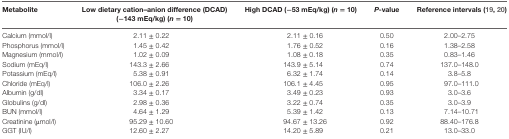
| Metabolite | Low dietary cation–anion difference (DCAD) (−143 mEq/kg) (n = 10) | High DCAD (−53 mEq/kg) (n = 10) | P-value | Reference intervals (19, 20) |
 | --- | --- | --- | --- | --- |
 | Calcium (mmol/l) | 2.11 ± 0.22 | 2.11 ± 0.16 | 0.50 | 2.00–2.75 |
 | Phosphorus (mmol/l) | 1.45 ± 0.42 | 1.76 ± 0.52 | 0.16 | 1.38–2.58 |
 | Magnesium (mmol/l) | 1.02 ± 0.09 | 1.08 ± 0.18 | 0.35 | 0.83–1.46 |
 | Sodium (mEq/l) | 143.3 ± 2.66 | 143.9 ± 5.14 | 0.74 | 137.0–148.0 |
 | Potassium (mEq/l) | 5.38 ± 0.91 | 6.32 ± 1.74 | 0.14 | 3.8–5.8 |
 | Chloride (mEq/l) | 106.0 ± 2.26 | 106.1 ± 4.45 | 0.95 | 97.0–111.0 |
 | Albumin (g/dl) | 3.34 ± 0.17 | 3.49 ± 0.23 | 0.93 | 3.0–3.6 |
 | Globulins (g/dl) | 2.98 ± 0.36 | 3.22 ± 0.74 | 0.35 | 3.0–3.9 |
 | BUN (mmol/l) | 4.64 ± 1.29 | 5.39 ± 1.42 | 0.13 | 7.14–10.71 |
 | Creatinine (μmol/l) | 95.29 ± 10.60 | 94.67 ± 13.26 | 0.92 | 88.40–176.8 |
 | GGT (IU/l) | 12.60 ± 2.27 | 14.20 ± 5.89 | 0.21 | 13.0–33.0 |